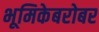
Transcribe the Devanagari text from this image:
भूमिकेबरोबर